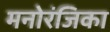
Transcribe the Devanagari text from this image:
मनोरंजिका